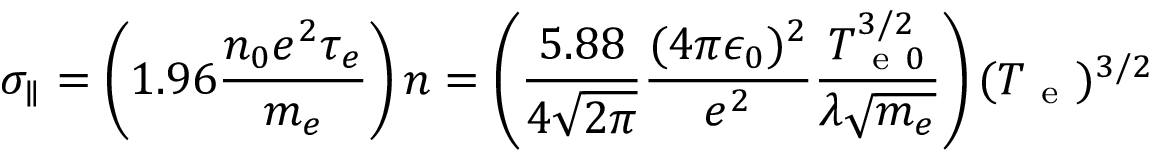
\sigma _ { \parallel } = \left( 1 . 9 6 \frac { n _ { 0 } e ^ { 2 } \tau _ { e } } { m _ { e } } \right) n = \left( \frac { 5 . 8 8 } { 4 \sqrt { 2 \pi } } \frac { ( 4 \pi \epsilon _ { 0 } ) ^ { 2 } } { e ^ { 2 } } \frac { T _ { \mathrm { ~ e ~ } 0 } ^ { 3 / 2 } } { \lambda \sqrt { m _ { e } } } \right) ( T _ { \mathrm { ~ e ~ } } ) ^ { 3 / 2 }